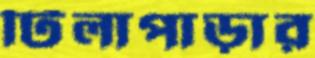
টিলাপাড়ার